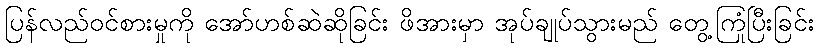
ပြန်လည်ဝင်စားမှုကို အော်ဟစ်ဆဲဆိုခြင်း ဖိအားမှာ အုပ်ချုပ်သွားမည် တွေ့ကြုံပြီးခြင်း